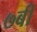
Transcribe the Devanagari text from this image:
७बी